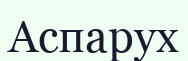
Аспарух